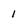
Character: I